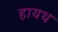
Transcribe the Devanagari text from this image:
हायथ